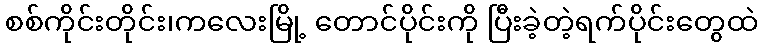
စစ်ကိုင်းတိုင်း၊ကလေးမြို့ တောင်ပိုင်းကို ပြီးခဲ့တဲ့ရက်ပိုင်းတွေထဲ